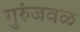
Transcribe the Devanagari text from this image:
गुरुंजवळ